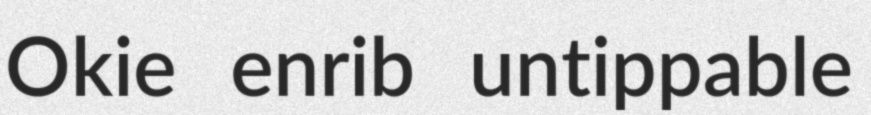
Okie enrib untippable